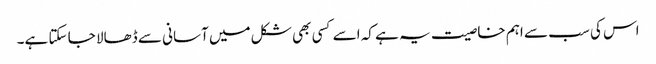
اس کی سب سے اہم خاصیت یہ ہے کہ اسے کسی بھی شکل میں آسانی سے ڈھالا جا سکتا ہے۔